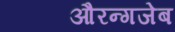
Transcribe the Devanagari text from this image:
औरन्गजेब